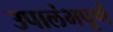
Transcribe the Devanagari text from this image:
उपालंभपूर्ण